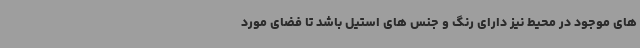
های موجود در محیط نیز دارای رنگ و جنس های استیل باشد تا فضای مورد